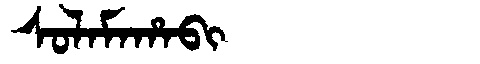
Manchu: ᠰᠣᠯᠠᠮᠠᡥᠠᠪᡳ
Romanization: SOLAMAHABI